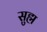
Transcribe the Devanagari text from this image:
सुह्म